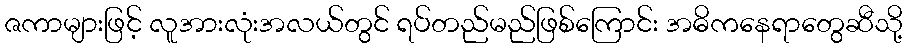
ဇကာများဖြင့် လူအားလုံးအလယ်တွင် ရပ်တည်မည်ဖြစ်ကြောင်း အဓိကနေရာတွေဆီသို့